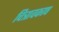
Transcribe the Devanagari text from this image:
चित्रावकाष